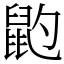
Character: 䶂